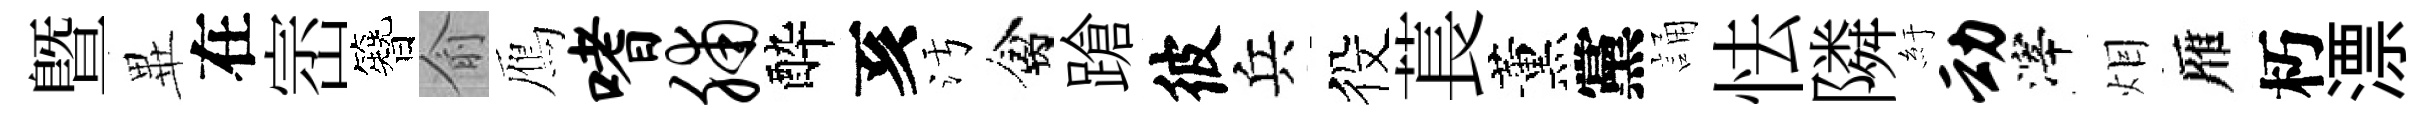
暨𭺾在崈簪俞鴈嗜脯酔亥污禽蹌彼兵役萇薰黨誦怯隣紆动滓𤇆雁朽漂